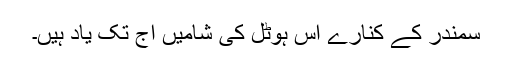
سمندر کے کنارے اس ہوٹل کی شامیں آج تک یاد ہیں۔